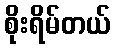
စိုးရိမ်တယ်